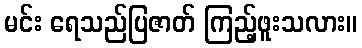
မင်း ရေသည်ပြဇာတ် ကြည့်ဖူးသလား။